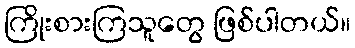
ကြိုးစားကြသူတွေ ဖြစ်ပါတယ်။